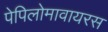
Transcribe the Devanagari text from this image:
पेपिलोमावायरस